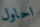
احاول